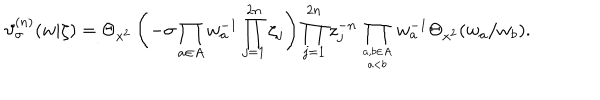
\vartheta _ { \sigma } ^ { ( n ) } ( w | \zeta ) = \Theta _ { x ^ { 2 } } \left( - \sigma \prod _ { a \in A } w _ { a } ^ { - 1 } \prod _ { j = 1 } ^ { 2 n } \zeta _ { j } \right) \prod _ { j = 1 } ^ { 2 n } z _ { j } ^ { - n } \prod _ { a , b \in A \atop a < b } w _ { a } ^ { - 1 } \Theta _ { x ^ { 2 } } ( w _ { a } / w _ { b } ) .